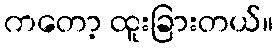
ကတော့ ထူးခြားတယ်။